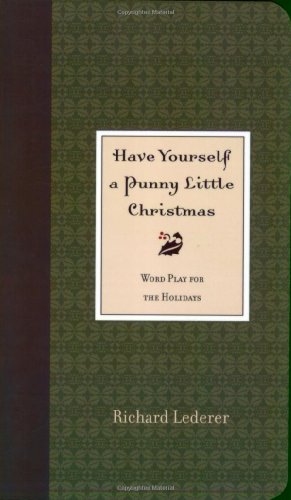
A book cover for Have Yourself a Punny Little Christmas; Richard Lederer; Humor & Entertainment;